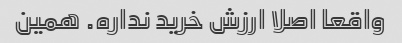
واقعا اصلا ارزش خرید نداره. همین